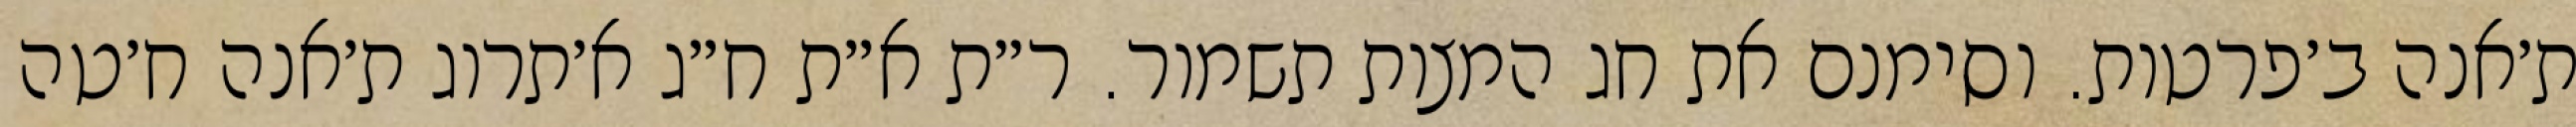
ת׳אנה ב׳פרטות. וסימנם את חג המצות תשמור. ר״ת א״ת ח״ג א׳תרוג ת׳אנה ח׳טה